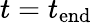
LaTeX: t=t_{\mathrm{end}}